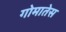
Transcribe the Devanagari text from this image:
गोमातेस